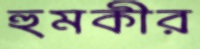
হুমকীর